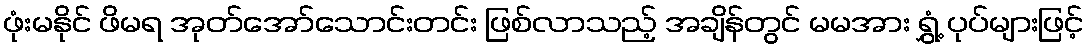
ဖုံးမနိုင် ဖိမရ အုတ်အော်သောင်းတင်း ဖြစ်လာသည့် အချိန်တွင် မမအား ရွှံ့ ပုပ်များဖြင့်